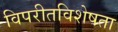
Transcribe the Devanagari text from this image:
विपरीतविशेषता